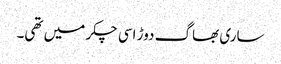
ساری بھاگ دوڑ اسی چکر میں تھی۔